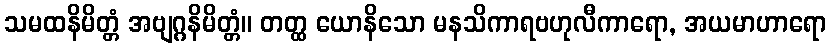
သမထနိမိတ္တံ အဗျဂ္ဂနိမိတ္တံ။ တတ္ထ ယောနိသော မနသိကာရဗဟုလီကာရော, အယမာဟာရော